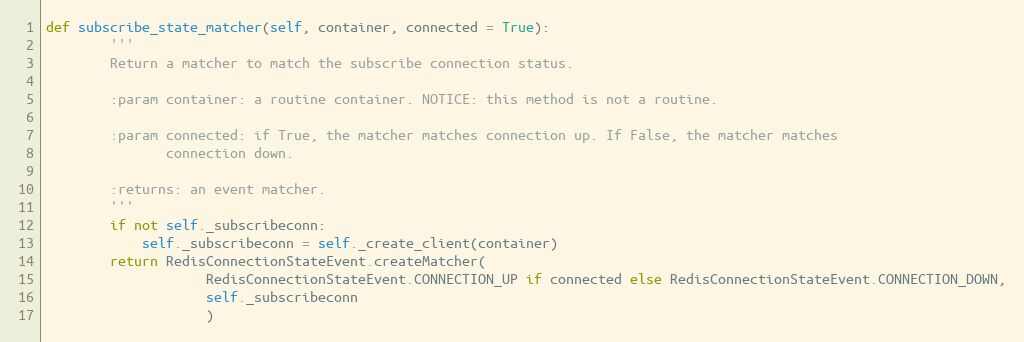
Language: Python
def subscribe_state_matcher(self, container, connected = True):
        '''
        Return a matcher to match the subscribe connection status.

        :param container: a routine container. NOTICE: this method is not a routine.

        :param connected: if True, the matcher matches connection up. If False, the matcher matches
               connection down.

        :returns: an event matcher.
        '''
        if not self._subscribeconn:
            self._subscribeconn = self._create_client(container)
        return RedisConnectionStateEvent.createMatcher(
                    RedisConnectionStateEvent.CONNECTION_UP if connected else RedisConnectionStateEvent.CONNECTION_DOWN,
                    self._subscribeconn
                    )